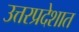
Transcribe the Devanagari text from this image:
उत्तरप्रदेशात